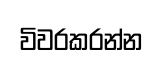
විවරකරන්න